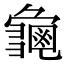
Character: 𮯛